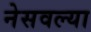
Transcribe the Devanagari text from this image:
नेसवल्या